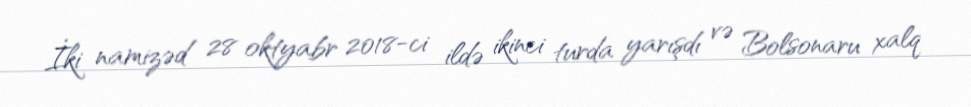
İki namizəd 28 oktyabr 2018-ci ildə ikinci turda yarışdı və Bolsonaru xalq